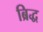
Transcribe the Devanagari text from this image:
ब्रिद्ध